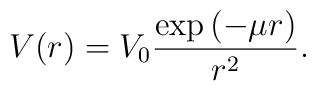
V(r) = V_0 \frac{\exp{(-\mu r)}}{r^2}.